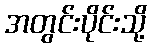
အတွင်းပိုင်းသို့